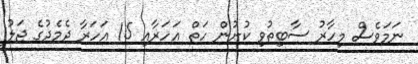
ނަމަވެސް މިހާރު ސާބިތުވި ކުށުން ހަތް އަހަރާއި 15 އަަހަރާ ދެމެދުގެ ޖަލު